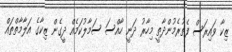
ޒިކާ ވައިރަސް ފެތުރެމުންދާތީ މިހާރު ދަނީ ހާއްސަ ސަމާލުކަމެއް ދީގެން ޒިކާގެ އަލާމާތްތައް